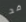
قد